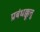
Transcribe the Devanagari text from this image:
प्रबंधक्कूत्तु